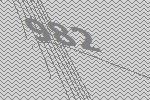
982